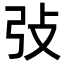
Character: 㢭